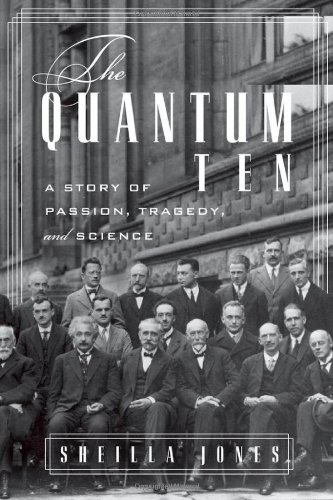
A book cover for The Quantum Ten: A Story of Passion, Tragedy, Ambition, and Science; Sheilla Jones; Science & Math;